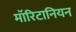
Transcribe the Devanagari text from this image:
मॉरिटानियन